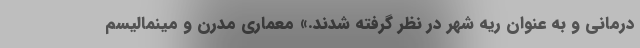
درمانی و به عنوان ریه شهر در نظر گرفته شدند.» معماری مدرن و مینمالیسم